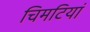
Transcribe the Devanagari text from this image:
चिमटियां